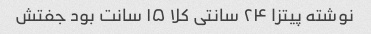
نوشته پیتزا ۲۴ سانتی کلا ۱۵ سانت بود جفتش